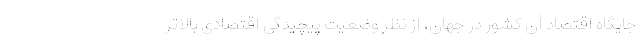
جایگاه اقتصاد آن کشور در جهان، از نظر وضعیت پیچیدگی اقتصادی بالاتر